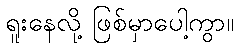
ရူးနေလို့ ဖြစ်မှာပေါ့ကွာ။